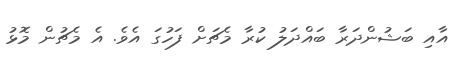
އާއި ބަޝުންދަރާ ބައްދަލު ކުރާ މެޗަށް ފަހުގަ އެވެ. އެ މެޗުން މޮޅު